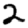
Digit: 2